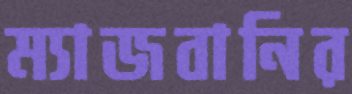
ম্যাজবানির